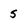
Character: 5